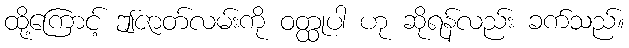
ထို့ကြောင့် ဤဇာတ်လမ်းကို ဝတ္ထုပါ ဟု ဆိုရန်လည်း ခက်သည်။